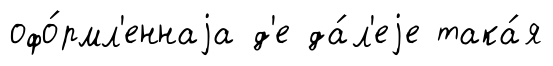
офо́рмл'еннаjа д'е да́л'еjе така́я